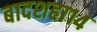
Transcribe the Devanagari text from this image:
बादशहा१४